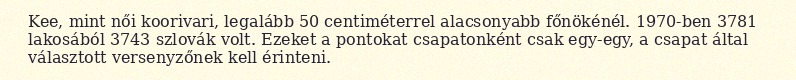
Kee, mint női koorivari, legalább 50 centiméterrel alacsonyabb főnökénél. 1970-ben 3781 lakosából 3743 szlovák volt. Ezeket a pontokat csapatonként csak egy-egy, a csapat által választott versenyzőnek kell érinteni.